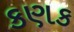
કણક